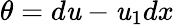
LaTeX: \theta=d\mathit{u}-\mathit{u}_{1}dx